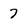
Character: 7